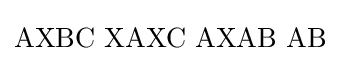
\mathrm {AXBC\,\,XAXC\,\,AXAB\,\,AB}